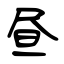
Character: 昼